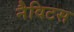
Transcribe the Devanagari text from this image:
नैविटस